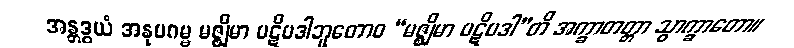
အန္တဒွယံ အနုပဂမ္မ မဇ္ဈိမာ ပဋိပဒါဘူတောဝ “မဇ္ဈိမာ ပဋိပဒါ”တိ အက္ခာတတ္တာ သွာက္ခာတော။